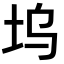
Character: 坞